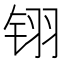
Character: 䦀